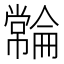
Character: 𫷓